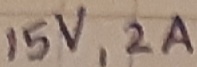
Text: 15V,2A